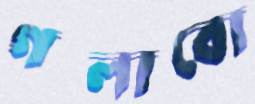
গলাবো